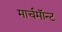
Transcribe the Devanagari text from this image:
मार्चमाॅन्ट